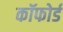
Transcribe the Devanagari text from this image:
कॉफोर्ड